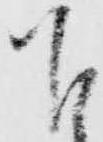
下